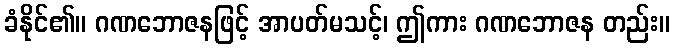
ခံနိုင်၏။ ဂဏဘောဇနဖြင့် အာပတ်မသင့်၊ ဤကား ဂဏဘောဇန တည်း။